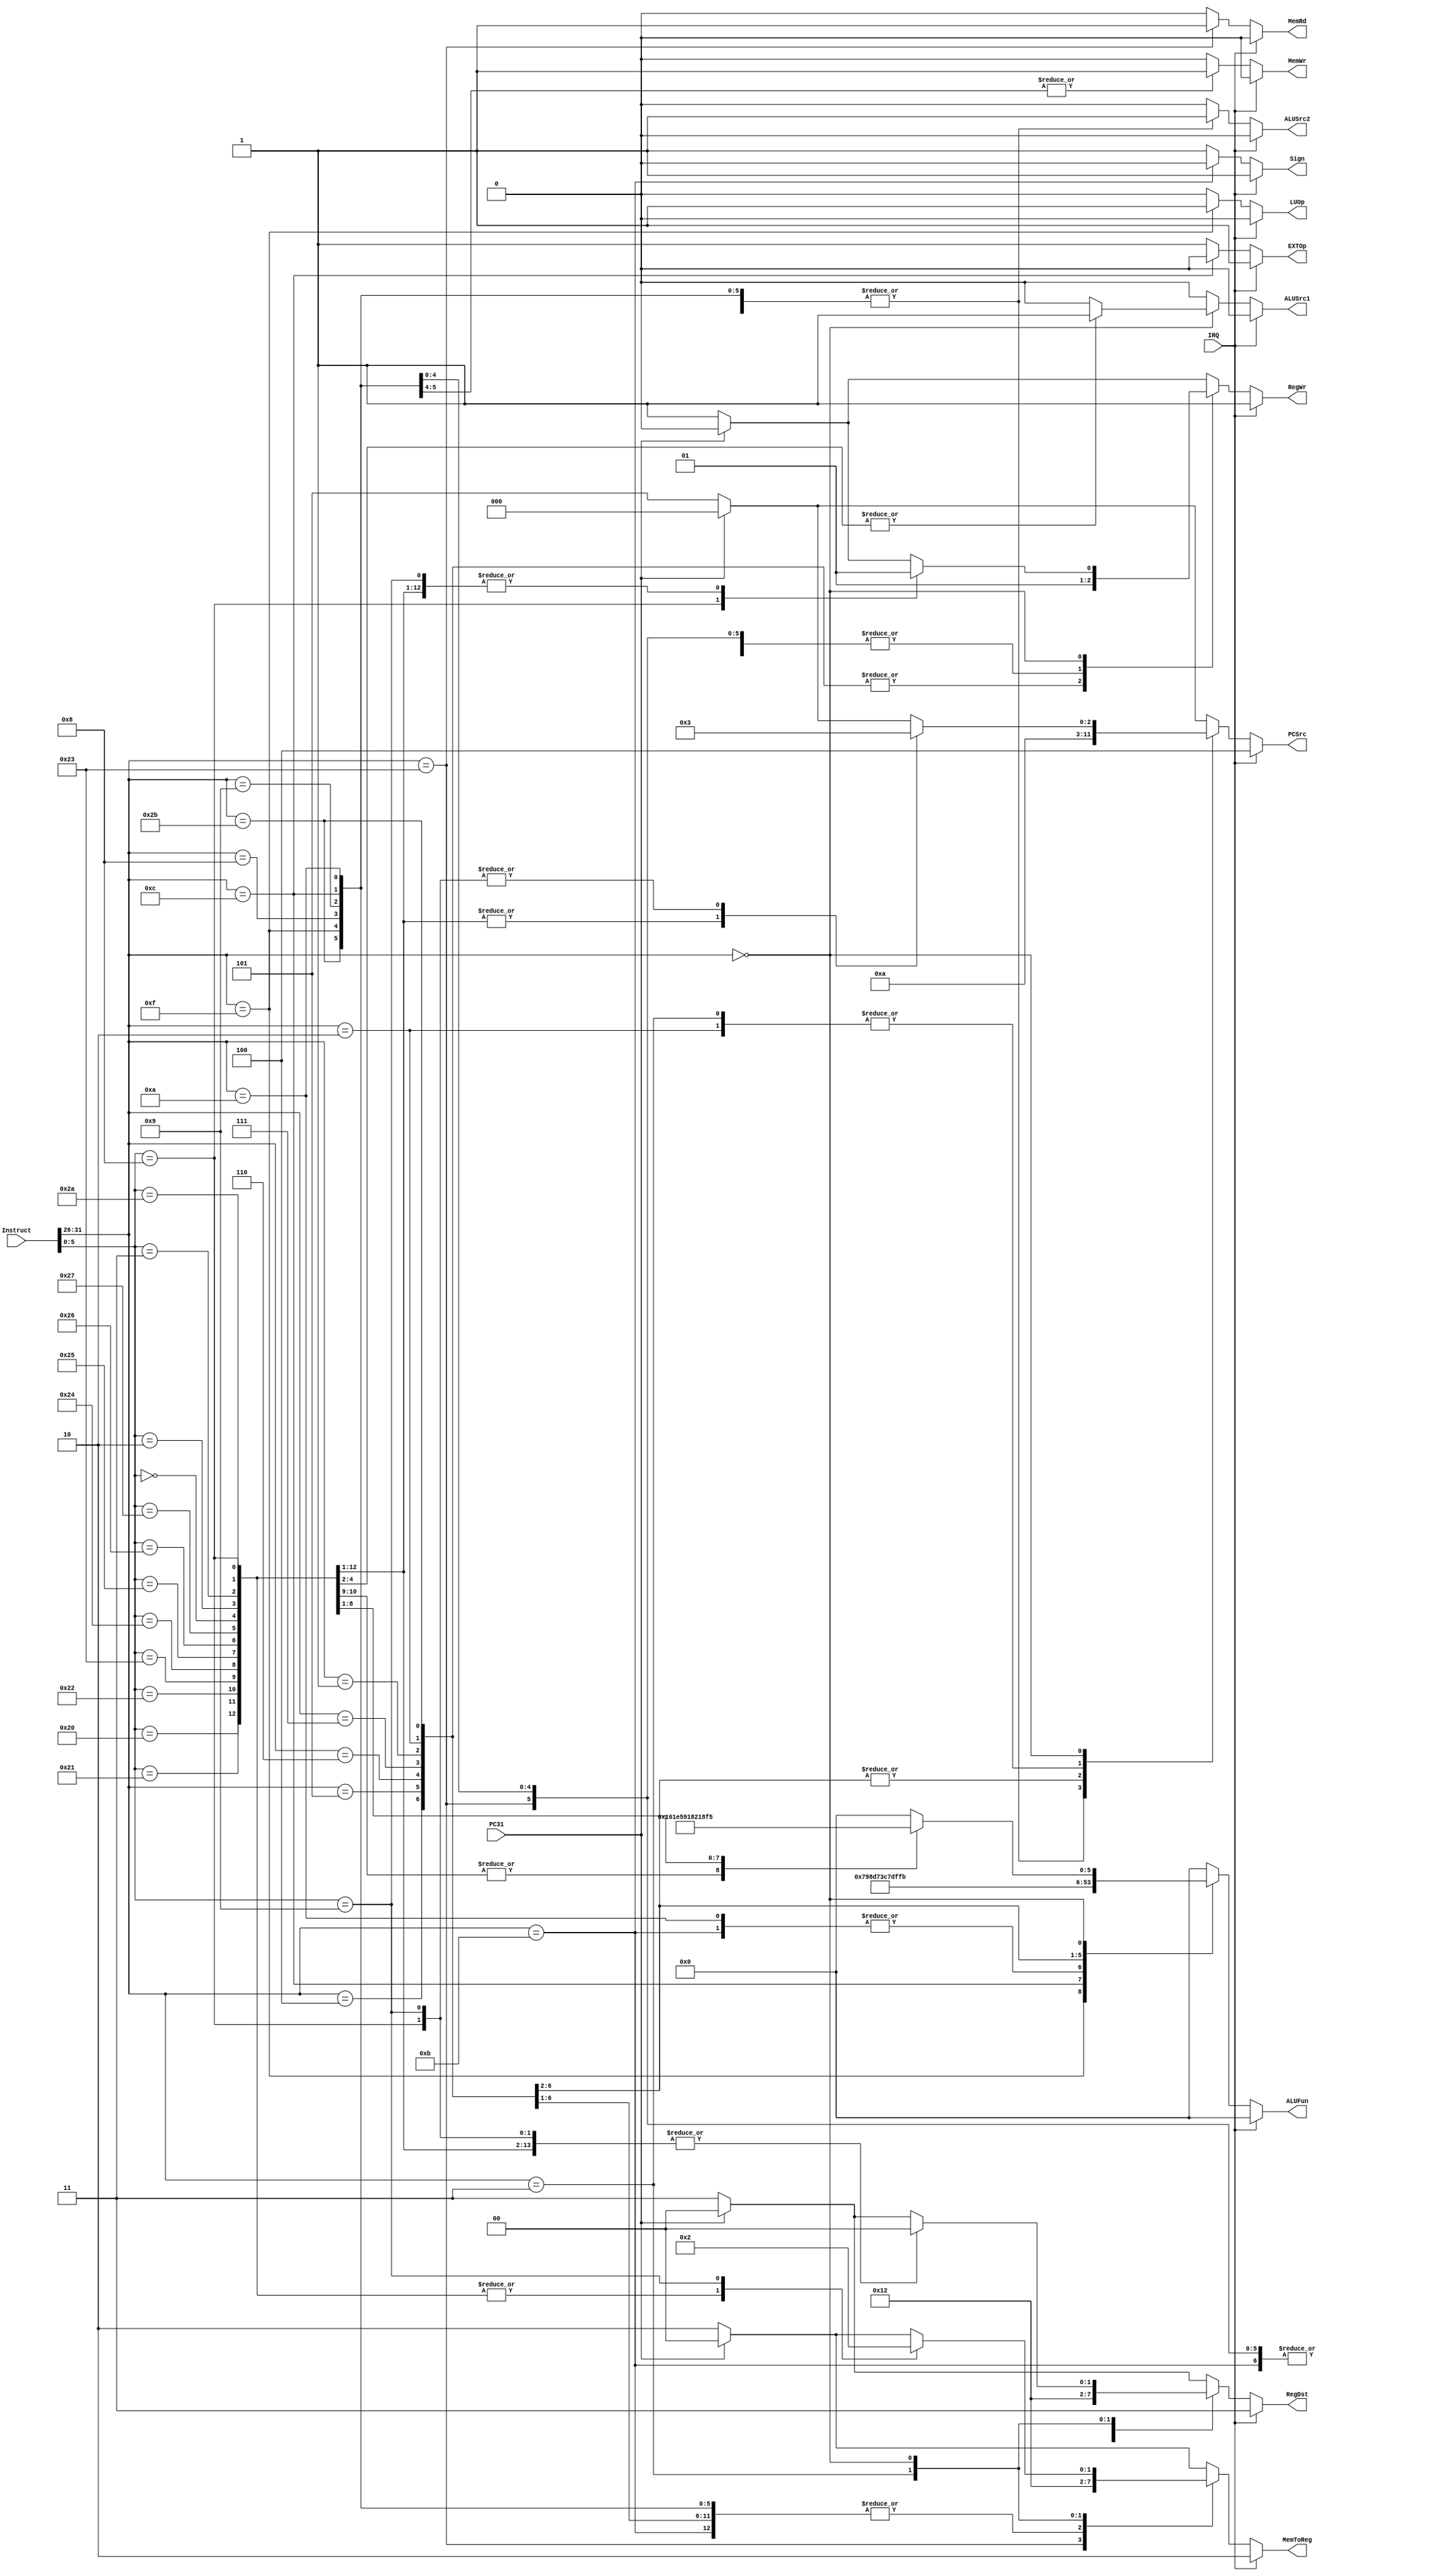
module Control(Instruct, IRQ, PC31, PCSrc, RegWr, RegDst, MemRd, MemWr, MemToReg, ALUSrc1, ALUSrc2, EXTOp, LUOp, ALUFun, Sign);
input [31:0] Instruct;
input IRQ, PC31;
output reg [2:0] PCSrc;
output reg RegWr;
output reg [1:0] RegDst;
output reg MemRd;
output reg MemWr;
output reg [1:0] MemToReg;
output reg ALUSrc1;
output reg ALUSrc2;
output reg EXTOp;
output reg LUOp;
output reg [5:0] ALUFun;
output reg Sign;

always @(*) begin

/*	Default Set
	PCSrc = 3'd0;
	RegWr = 0;
	RegDst = 2'd0;
	MemRd = 0;
	MemWr = 0;
	MemToReg = 2'd0;
	ALUSrc1 = 0;
	ALUSrc2 = 0;
	ALUFun = 6'b000000;
	Sign = 1;
	EXTOp = 1;
	LUOp = 0;
*/
	
	if(~IRQ) begin
		case(Instruct[31:26])
			6'b10_0011: begin	//lw 0x23
				PCSrc = 3'd0;
				RegWr = 1;
				RegDst = 2'd1;
				MemRd = 1;
				MemWr = 0;
				MemToReg = 2'd1;
				ALUSrc1 = 0;
				ALUSrc2 = 1;
				ALUFun = 6'b000000;
				Sign = 1;
				EXTOp = 1;
				LUOp = 0;
			end
			6'b10_1011: begin	//sw 0x2b
				PCSrc = 3'd0;
				RegWr = 0;
				RegDst = 2'd0;
				MemRd = 0;
				MemWr = 1;
				MemToReg = 2'd0;
				ALUSrc1 = 0;
				ALUSrc2 = 1;
				ALUFun = 6'b000000;
				Sign = 1;
				EXTOp = 1;
				LUOp = 0;
			end			
			6'b00_1111: begin	//lui 0x0f
				PCSrc = 3'd0;
				RegWr = 1;
				RegDst = 2'd1;
				MemRd = 0;
				MemWr = 1;
				MemToReg = 2'd0;
				ALUSrc1 = 0;
				ALUSrc2 = 1;
				ALUFun = 6'b011110;
				Sign = 1;
				EXTOp = 1;
				LUOp = 1;
			end
			6'b00_1000: begin	//addi 0x08
				PCSrc = 3'd0;
				RegWr = 1;
				RegDst = 2'd1;
				MemRd = 0;
				MemWr = 0;
				MemToReg = 2'd0;
				ALUSrc1 = 0;
				ALUSrc2 = 1;
				ALUFun = 6'b000000;
				Sign = 1;
				EXTOp = 1;
				LUOp = 0;
			end
			6'b00_1001: begin	//addiu 0x09
				PCSrc = 3'd0;
				RegWr = 1;
				RegDst = 2'd1;
				MemRd = 0;
				MemWr = 0;
				MemToReg = 2'd0;
				ALUSrc1 = 0;
				ALUSrc2 = 1;
				ALUFun = 6'b000000;
				Sign = 1;
				EXTOp = 1;
				LUOp = 0;
			end
			6'b00_1100: begin	//andi 0x0c
				PCSrc = 3'd0;
				RegWr = 1;
				RegDst = 2'd1;
				MemRd = 0;
				MemWr = 0;
				MemToReg = 2'd0;
				ALUSrc1 = 0;
				ALUSrc2 = 1;
				ALUFun = 6'b011000;
				Sign = 1;
				EXTOp = 0;
				LUOp = 0;
			end
			/*
			6'b00_1101: begin	//ori 0x0d
				PCSrc = 3'd0;
				RegWr = 1;
				RegDst = 2'd1;
				MemRd = 0;
				MemWr = 0;
				MemToReg = 2'd0;
				ALUSrc1 = 0;
				ALUSrc2 = 1;
				ALUFun = 6'b011110;
				Sign = 1;
				EXTOp = 0;
				LUOp = 0;
			end
			*/
			6'b00_1010: begin	//slti 0x0a
				PCSrc = 3'd0;
				RegWr = 1;
				RegDst = 2'd1;
				MemRd = 0;
				MemWr = 0;
				MemToReg = 2'd0;
				ALUSrc1 = 0;
				ALUSrc2 = 1;
				ALUFun = 6'b110101;
				Sign = 1;
				EXTOp = 1;
				LUOp = 0;
			end
			6'b00_1011: begin	//sltiu 0x0b
				PCSrc = 3'd0;
				RegWr = 1;
				RegDst = 2'd1;
				MemRd = 0;
				MemWr = 0;
				MemToReg = 2'd0;
				ALUSrc1 = 0;
				ALUSrc2 = 1;
				ALUFun = 6'b110101;
				Sign = 0;
				EXTOp = 1;
				LUOp = 0;
			end
			6'b00_0100: begin	//beq 0x04
				PCSrc = 3'd1;
				RegWr = 0;
				RegDst = 2'd0;
				MemRd = 0;
				MemWr = 0;
				MemToReg = 2'd0;
				ALUSrc1 = 0;
				ALUSrc2 = 0;
				ALUFun = 6'b110011;
				Sign = 1;
				EXTOp = 1;
				LUOp = 0;
			end
			6'b00_0101: begin	//bne 0x05
				PCSrc = 3'd1;
				RegWr = 0;
				RegDst = 2'd0;
				MemRd = 0;
				MemWr = 0;
				MemToReg = 2'd0;
				ALUSrc1 = 0;
				ALUSrc2 = 0;
				ALUFun = 6'b110001;
				Sign = 1;
				EXTOp = 1;
				LUOp = 0;
			end
			6'b00_0110: begin	//blez 0x06
				PCSrc = 3'd1;
				RegWr = 0;
				RegDst = 2'd0;
				MemRd = 0;
				MemWr = 0;
				MemToReg = 2'd0;
				ALUSrc1 = 0;
				ALUSrc2 = 0;
				ALUFun = 6'b111101;
				Sign = 1;
				EXTOp = 1;
				LUOp = 0;
			end
			6'b00_0111: begin	//bgtz 0x07
				PCSrc = 3'd1;
				RegWr = 0;
				RegDst = 2'd0;
				MemRd = 0;
				MemWr = 0;
				MemToReg = 2'd0;
				ALUSrc1 = 0;
				ALUSrc2 = 0;
				ALUFun = 6'b111111;
				Sign = 1;
				EXTOp = 1;
				LUOp = 0;
			end
			6'b00_0001: begin	//bltz 0x01
				PCSrc = 3'd1;
				RegWr = 0;
				RegDst = 2'd0;
				MemRd = 0;
				MemWr = 0;
				MemToReg = 2'd0;
				ALUSrc1 = 0;
				ALUSrc2 = 0;
				ALUFun = 6'b111011;
				Sign = 1;
				EXTOp = 1;
				LUOp = 0;
			end
			6'b00_0010: begin	//j 0x02
				PCSrc = 3'd2;
				RegWr = 0;
				RegDst = 2'd0;
				MemRd = 0;
				MemWr = 0;
				MemToReg = 2'd0;
				ALUSrc1 = 0;
				ALUSrc2 = 0;
				ALUFun = 6'b000000;
				Sign = 1;
				EXTOp = 1;
				LUOp = 0;
			end
			6'b00_0011: begin	//jal 0x03
				PCSrc = 3'd2;
				RegWr = 1;
				RegDst = 2'd2;
				MemRd = 0;
				MemWr = 0;
				MemToReg = 2'd2;
				ALUSrc1 = 0;
				ALUSrc2 = 0;
				ALUFun = 6'b000000;
				Sign = 1;
				EXTOp = 1;
				LUOp = 0;
			end
			6'b00_0000: begin	//R 0x00
				case(Instruct[5:0])
					6'b10_0000: begin	//add 0x20
						PCSrc = 3'd0;
						RegWr = 1;
						RegDst = 2'd0;
						MemRd = 0;
						MemWr = 0;
						MemToReg = 2'd0;
						ALUSrc1 = 0;
						ALUSrc2 = 0;
						ALUFun = 6'b000000;
						Sign = 1;
						EXTOp = 1;
						LUOp = 0;
					end
					6'b10_0001: begin	//addu 0x21
						PCSrc = 3'd0;
						RegWr = 1;
						RegDst = 2'd0;
						MemRd = 0;
						MemWr = 0;
						MemToReg = 2'd0;
						ALUSrc1 = 0;
						ALUSrc2 = 0;
						ALUFun = 6'b000000;
						Sign = 1;
						EXTOp = 1;
						LUOp = 0;
					end
					6'b10_0010: begin	//sub 0x22
						PCSrc = 3'd0;
						RegWr = 1;
						RegDst = 2'd0;
						MemRd = 0;
						MemWr = 0;
						MemToReg = 2'd0;
						ALUSrc1 = 0;
						ALUSrc2 = 0;
						ALUFun = 6'b000001;
						Sign = 1;
						EXTOp = 1;
						LUOp = 0;
					end
					6'b10_0011: begin	//subu 0x23
						PCSrc = 3'd0;
						RegWr = 1;
						RegDst = 2'd0;
						MemRd = 0;
						MemWr = 0;
						MemToReg = 2'd0;
						ALUSrc1 = 0;
						ALUSrc2 = 0;
						ALUFun = 6'b000001;
						Sign = 1;
						EXTOp = 1;
						LUOp = 0;
					end
					6'b10_0100: begin	//and 0x24
						PCSrc = 3'd0;
						RegWr = 1;
						RegDst = 2'd0;
						MemRd = 0;
						MemWr = 0;
						MemToReg = 2'd0;
						ALUSrc1 = 0;
						ALUSrc2 = 0;
						ALUFun = 6'b011000;
						Sign = 1;
						EXTOp = 1;
						LUOp = 0;
					end
					6'b10_0101: begin	//or 0x25
						PCSrc = 3'd0;
						RegWr = 1;
						RegDst = 2'd0;
						MemRd = 0;
						MemWr = 0;
						MemToReg = 2'd0;
						ALUSrc1 = 0;
						ALUSrc2 = 0;
						ALUFun = 6'b011110;
						Sign = 1;
						EXTOp = 1;
						LUOp = 0;
					end
					6'b10_0110: begin	//xor 0x26
						PCSrc = 3'd0;
						RegWr = 1;
						RegDst = 2'd0;
						MemRd = 0;
						MemWr = 0;
						MemToReg = 2'd0;
						ALUSrc1 = 0;
						ALUSrc2 = 0;
						ALUFun = 6'b010110;
						Sign = 1;
						EXTOp = 1;
						LUOp = 0;
					end
					6'b10_0111: begin	//nor 0x27
						PCSrc = 3'd0;
						RegWr = 1;
						RegDst = 2'd0;
						MemRd = 0;
						MemWr = 0;
						MemToReg = 2'd0;
						ALUSrc1 = 0;
						ALUSrc2 = 0;
						ALUFun = 6'b010001;
						Sign = 1;
						EXTOp = 1;
						LUOp = 0;
					end
					6'b00_0000: begin	//sll 0x00
						PCSrc = 3'd0;
						RegWr = 1;
						RegDst = 2'd0;
						MemRd = 0;
						MemWr = 0;
						MemToReg = 2'd0;
						ALUSrc1 = 1;
						ALUSrc2 = 0;
						ALUFun = 6'b100000;
						Sign = 1;
						EXTOp = 1;
						LUOp = 0;
					end
					6'b00_0010: begin	//srl 0x02
						PCSrc = 3'd0;
						RegWr = 1;
						RegDst = 2'd0;
						MemRd = 0;
						MemWr = 0;
						MemToReg = 2'd0;
						ALUSrc1 = 1;
						ALUSrc2 = 0;
						ALUFun = 6'b100001;
						Sign = 1;
						EXTOp = 1;
						LUOp = 0;
					end
					6'b00_0011: begin	//sra 0x03
						PCSrc = 3'd0;
						RegWr = 1;
						RegDst = 2'd0;
						MemRd = 0;
						MemWr = 0;
						MemToReg = 2'd0;
						ALUSrc1 = 1;
						ALUSrc2 = 0;
						ALUFun = 6'b100011;
						Sign = 1;
						EXTOp = 1;
						LUOp = 0;
					end
					6'b10_1010: begin	//slt 0x2a
						PCSrc = 3'd0;
						RegWr = 1;
						RegDst = 2'd0;
						MemRd = 0;
						MemWr = 0;
						MemToReg = 2'd0;
						ALUSrc1 = 0;
						ALUSrc2 = 0;
						ALUFun = 6'b110101;
						Sign = 1;
						EXTOp = 1;
						LUOp = 0;
					end
					/*
					6'b10_1011: begin	//sltu 0x2b
						PCSrc = 3'd0;
						RegWr = 1;
						RegDst = 2'd0;
						MemRd = 0;
						MemWr = 0;
						MemToReg = 2'd0;
						ALUSrc1 = 0;
						ALUSrc2 = 0;
						ALUFun = 6'b110101;
						Sign = 0;
						EXTOp = 1;
						LUOp = 0;
					end
					*/
					6'b00_1000: begin	//jr 0x08
						PCSrc = 3'd3;
						RegWr = 0;
						RegDst = 2'd0;
						MemRd = 0;
						MemWr = 0;
						MemToReg = 2'd0;
						ALUSrc1 = 0;
						ALUSrc2 = 0;
						ALUFun = 6'b000000;
						Sign = 1;
						EXTOp = 1;
						LUOp = 0;
					end
					6'b00_1001: begin	//jalr 0x09
						PCSrc = 3'd3;
						RegWr = 1;
						RegDst = 2'd0;
						MemRd = 0;
						MemWr = 0;
						MemToReg = 2'd2;
						ALUSrc1 = 0;
						ALUSrc2 = 0;
						ALUFun = 6'b000000;
						Sign = 1;
						EXTOp = 1;
						LUOp = 0;
					end
					default: begin	//exception
						if(~PC31) begin
							PCSrc = 3'd5;
							RegWr = 1;
							RegDst = 2'd3;
							MemRd = 0;
							MemWr = 0;
							MemToReg = 2'd2;
							ALUSrc1 = 0;
							ALUSrc2 = 0;
							ALUFun = 6'b000000;
							Sign = 1;
							EXTOp = 1;
							LUOp = 0;
						end
						else begin
							PCSrc = 3'd0;
							RegWr = 0;
							RegDst = 2'd0;
							MemRd = 0;
							MemWr = 0;
							MemToReg = 2'd0;
							ALUSrc1 = 0;
							ALUSrc2 = 0;
							ALUFun = 6'b000000;
							Sign = 1;
							EXTOp = 1;
							LUOp = 0;						
						end
					end
				endcase
			end
			default: begin	//exception
				if(~PC31) begin
					PCSrc = 3'd5;
					RegWr = 1;
					RegDst = 2'd3;
					MemRd = 0;
					MemWr = 0;
					MemToReg = 2'd2;
					ALUSrc1 = 0;
					ALUSrc2 = 0;
					ALUFun = 6'b000000;
					Sign = 1;
					EXTOp = 1;
					LUOp = 0;
				end
				else begin
					PCSrc = 3'd0;
					RegWr = 0;
					RegDst = 2'd0;
					MemRd = 0;
					MemWr = 0;
					MemToReg = 2'd0;
					ALUSrc1 = 0;
					ALUSrc2 = 0;
					ALUFun = 6'b000000;
					Sign = 1;
					EXTOp = 1;
					LUOp = 0;
				end
			end
		endcase
	end
	else begin	//Interruption
		PCSrc = 3'd4;
		RegWr = 1;
		RegDst = 2'd3;
		MemRd = 0;
		MemWr = 0;
		MemToReg = 2'd2;
		ALUSrc1 = 0;
		ALUSrc2 = 0;
		ALUFun = 6'b000000;
		Sign = 1;
		EXTOp = 1;
		LUOp = 0;
	end
end

endmodule